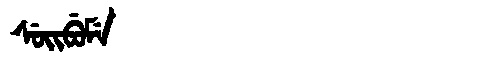
Manchu: ᠰᡠᡳᠪᡠᠮᡝ
Romanization: SUIBUME